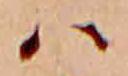
ハ